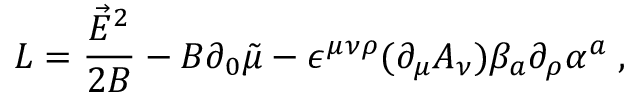
{ \cal L } = \frac { \vec { E } ^ { 2 } } { 2 B } - B \partial _ { 0 } \tilde { \mu } - \epsilon ^ { \mu \nu \rho } ( \partial _ { \mu } A _ { \nu } ) \beta _ { a } \partial _ { \rho } \alpha ^ { a } \; ,